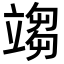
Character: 𥪥